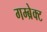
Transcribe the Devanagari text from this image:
गम्ब्रेक्ट